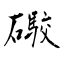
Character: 礮